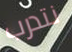
نتدرب